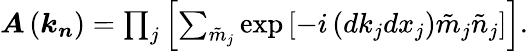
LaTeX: \begin{array}{r}{\boldsymbol{A}\left(\boldsymbol{k}_{\boldsymbol{n}}\right)=\prod_{j}\left[\sum_{\tilde{m}_{j}}\exp\left[-i\left(dk_{j}dx_{j}\right)\tilde{m}_{j}\tilde{n}_{j}\right]\right]}\end{array}.